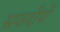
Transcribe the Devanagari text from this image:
सप्तदीपों